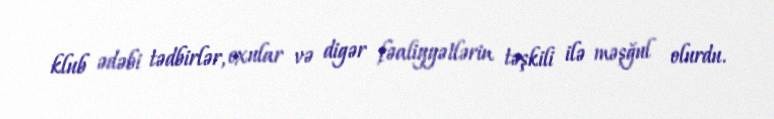
klub ədəbi tədbirlər, oxular və digər fəaliyyətlərin təşkili ilə məşğul olurdu.